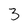
Character: 3